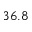
3 6 . 8